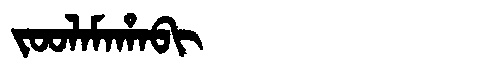
Manchu: ᠵᠣᠣᠯᠠᠮᠠᡥᠠᠪᡳ
Romanization: JOOLAMAHABI